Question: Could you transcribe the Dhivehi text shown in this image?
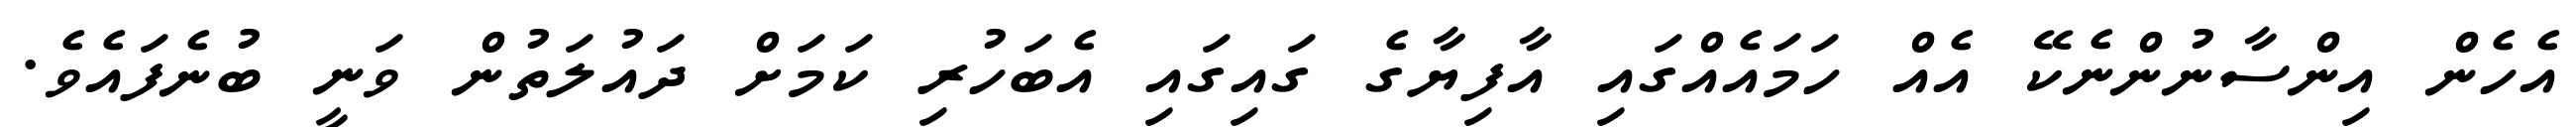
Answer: އެހެން އިންސާނުންނެކޭ އެއް ހަމައެއްގައި އާފިޔާގެ ގައިގައި އެބަހުރި ކަމަށް ދައުލަތުން ވަނީ ބުނެފައެވެ.